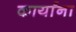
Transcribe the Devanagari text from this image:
कार्यांना